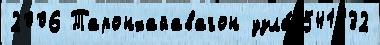
2006 Таронхайавагон узла́ 541132